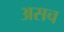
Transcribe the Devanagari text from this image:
असच